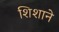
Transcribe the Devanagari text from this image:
शिशाने